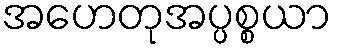
အဟေတုအပ္ပစ္စယာ